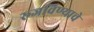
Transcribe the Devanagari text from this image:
रूजविण्याचे